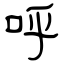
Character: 呼